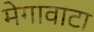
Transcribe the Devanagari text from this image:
मेगावाटा